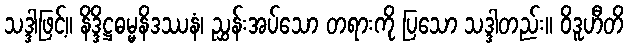
သဒ္ဒါဖြင့်။ နိဒ္ဒိဋ္ဌဓမ္မနိဒဿနံ၊ ညွှန်းအပ်သော တရားကို ပြသော သဒ္ဒါတည်း။ ဝိဒူဟီတိ